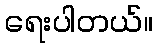
ရေးပါတယ်။